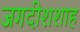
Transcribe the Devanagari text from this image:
जगदीशशाह